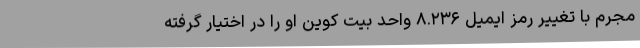
مجرم با تغییر رمز ایمیل ۸.۲۳۶ واحد بیت کوین او را در اختیار گرفته